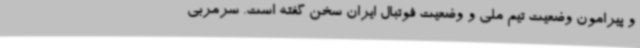
و پیرامون وضعیت تیم ملی و وضعیت فوتبال ایران سخن گفته است. سرمربی